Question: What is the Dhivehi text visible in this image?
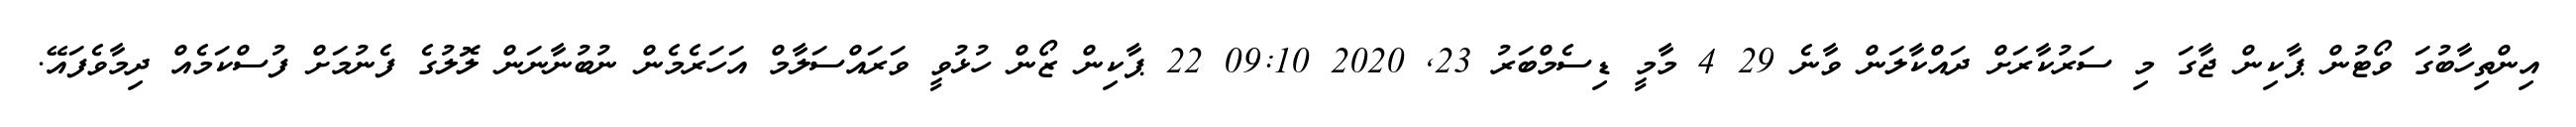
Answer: އިންތިހާބުގަ ވޯޓުން ޕާކިން ޖާގަ މި ސަރުކާރަށް ދައްކާލަން ވާނެ 29 4 މާމީ ޑިސެމްބަރު 23, 2020 09:10 22 ޕާކިން ޒޯން ހުޅުވީ ވަރައްސަލާމް އަހަރެމެން ނުބުނާނަން ލޮލުގެ ފެނުމަށް ފުސްކަމެއް ދިމާވެފައޭ.